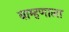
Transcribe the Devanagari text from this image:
बाम्हणाला